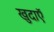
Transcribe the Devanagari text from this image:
खुदाएॅ